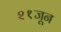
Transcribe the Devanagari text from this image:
२१जून